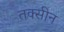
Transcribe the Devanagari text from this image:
तक्सीन